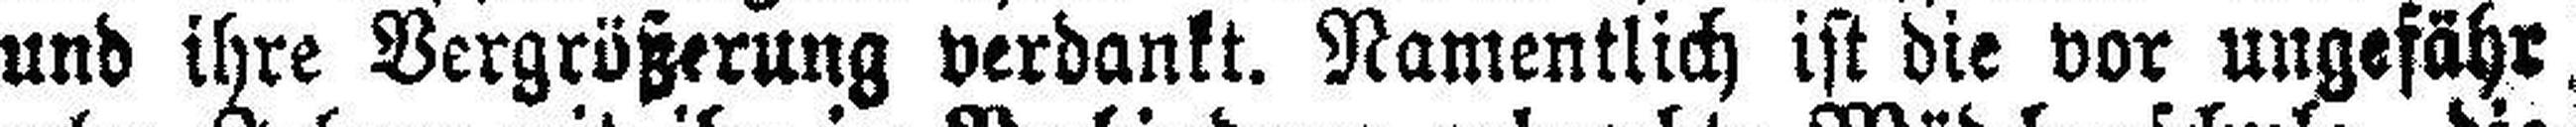
und ihre Vergrößerung verdankt. Namentlich ist die vor ungefähr